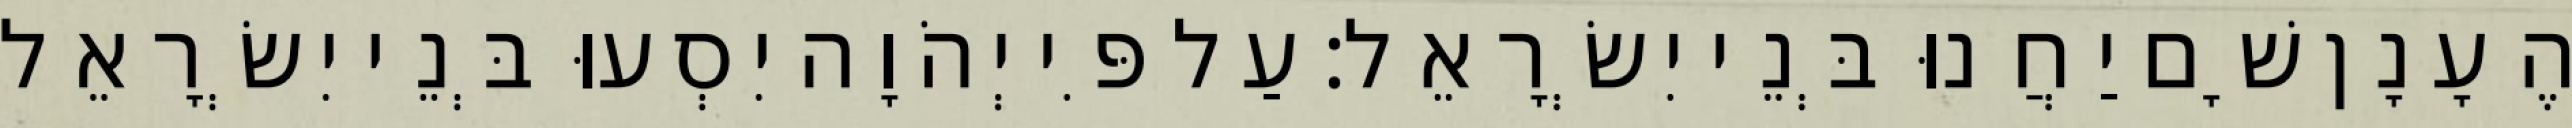
הֶעָנָן שָׁם יַחֲנוּ בְּנֵי יִשְׂרָאֵל׃ עַל פִּי יְהֹוָה יִסְעוּ בְּנֵי יִשְׂרָאֵל